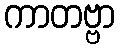
ကာတဗ္ဗာ